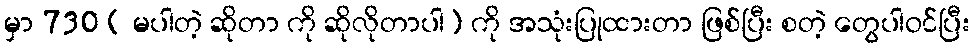
မှာ 730 ( မပါတဲ့ ဆိုတာ ကို ဆိုလိုတာပါ) ကို အသုံးပြုထားတာ ဖြစ်ပြီး စတဲ့ တွေပါဝင်ပြီး